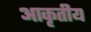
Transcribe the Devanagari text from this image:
आकृतीय